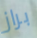
براز